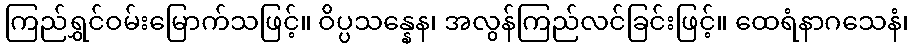
ကြည်ရွှင်ဝမ်းမြောက်သဖြင့်။ ဝိပ္ပသန္နေန၊ အလွန်ကြည်လင်ခြင်းဖြင့်။ ထေရံနာဂသေနံ၊